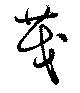
茂